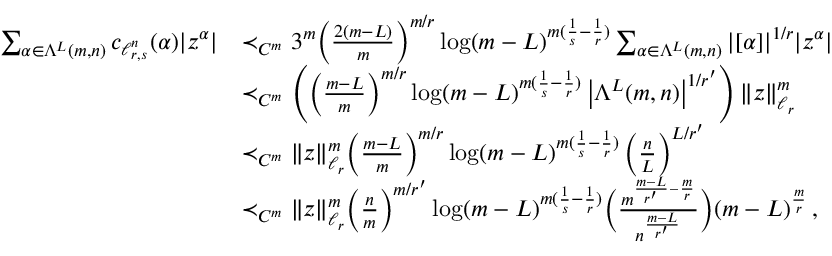
\begin{array} { r l } { \sum _ { \alpha \in \Lambda ^ { L } ( m , n ) } c _ { \ell _ { r , s } ^ { n } } ( \alpha ) | z ^ { \alpha } | } & { \prec _ { C ^ { m } } 3 ^ { m } \Big ( \frac { 2 ( m - L ) } { m } \Big ) ^ { m / r } \log ( m - L ) ^ { m ( \frac 1 { s } - \frac 1 { r } ) } \sum _ { \alpha \in \Lambda ^ { L } ( m , n ) } | [ \alpha ] | ^ { 1 / r } | z ^ { \alpha } | } \\ & { \prec _ { C ^ { m } } \left( \Big ( \frac { m - L } { m } \Big ) ^ { m / r } \log ( m - L ) ^ { m ( \frac 1 { s } - \frac 1 { r } ) } \left| \Lambda ^ { L } ( m , n ) \right| ^ { 1 / r ^ { \prime } } \right) \| z \| _ { \ell _ { r } } ^ { m } } \\ & { \prec _ { C ^ { m } } \| z \| _ { \ell _ { r } } ^ { m } \Big ( \frac { m - L } { m } \Big ) ^ { m / r } \log ( m - L ) ^ { m ( \frac 1 { s } - \frac 1 { r } ) } \left( \frac { n } { L } \right) ^ { L / r ^ { \prime } } } \\ & { \prec _ { C ^ { m } } \| z \| _ { \ell _ { r } } ^ { m } \Big ( \frac { n } { m } \Big ) ^ { m / r ^ { \prime } } \log ( m - L ) ^ { m ( \frac 1 { s } - \frac 1 { r } ) } \Big ( \frac { m ^ { \frac { m - L } { r ^ { \prime } } - \frac { m } { r } } } { n ^ { \frac { m - L } { r ^ { \prime } } } } \Big ) ( m - L ) ^ { \frac { m } { r } } \, , } \end{array}